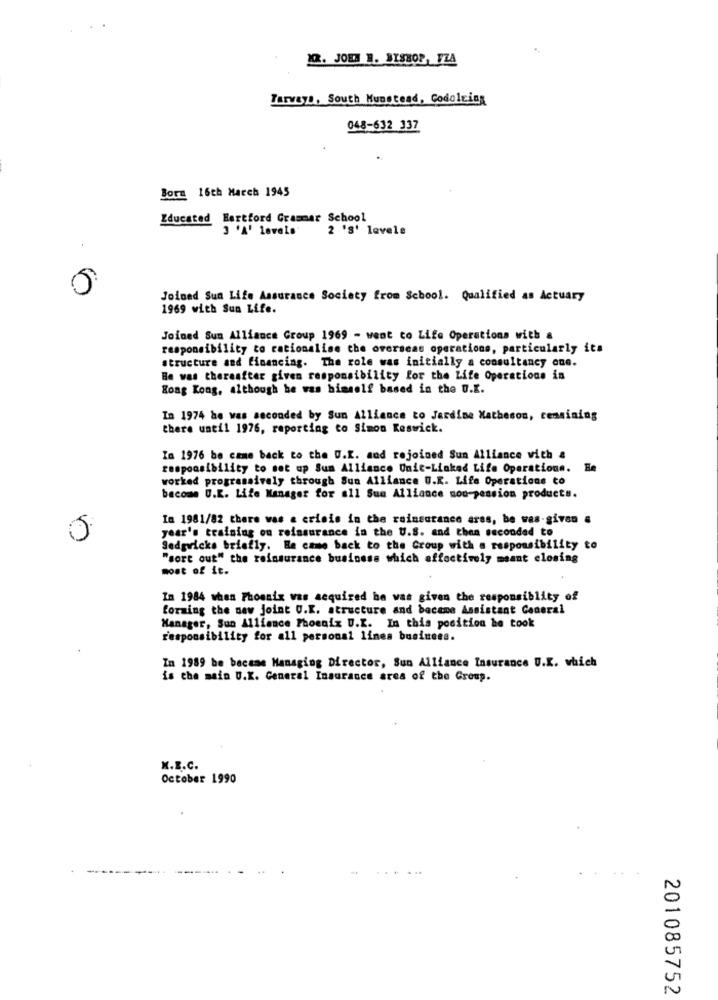
12. JOEA W. BISHOP, FZA
Tarvayo, South Munstead, Codolcing
048-632 337
Bora 16th March 1945
Educated Hertford Grammar School
3 'A' levele
2 's' levele
Joined Sun Life Assurance Society from School. Qualified As Actuary
1969 with Sun Life.
Joined Sun Alliance Group 1969 - went to Life Operations with &
responsibility co rationalise the overseas operations, particularly its
structure and financing. The role was initially a consultancy one.
Be was thereafter given responsibility for the Life Operations in
Hong Kong, although he was himself based in the U.K.
In 1974 he was seconded by Sun Alliance to Jardine Matheson, remaining
there until 1976, reporting to Simon Keswick.
In 1976 be came back to the U.K. and rejoined Sun Alliance with &
responsibility to set up Sun Alliance Unit-Linked Life Operations.
worked programsively through Sun Alliance U.K. Life Operations to
become U.K. Life Manager for all Sua Alliance nou-pension products.
In 1981/82 there was a crisis in the raineutance ares, be was-given a
year's training ou reinsurance in the U.S. and then seconded to
Sedgwicks briefly. He came back to the Group with a responsibility to
"sort out" the reinsurance business which effectively meant closing
most of it.
In 1984 when Phoenix was acquired he was given the responsiblity of
forming the new joint U.K. structure and became Assistant General
Manager, Sun Alliance Phoenix U.K. In this position he took
responsibility for all personal lines business.
In 1989 be became Managing Director, Sun Alliance Insurance U.K. which
is the main U.K. General Insurance area of the Group.
K.B.C.
October 1990
201085752